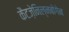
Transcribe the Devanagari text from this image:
कैटज़ेनिल्नबोगेन